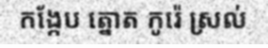
កង្កែប ត្នោត កូរ៉េ ស្រល់